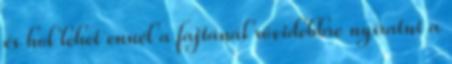
és hol lehet ennél a fajtánál rövidebbre nyíratni a